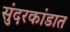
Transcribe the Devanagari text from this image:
सुंदरकांडात